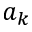
a _ { k }